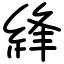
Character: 綘